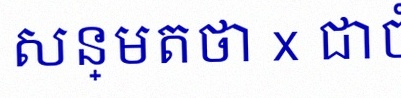
សន្មតថា x ជាចំនួនពិត